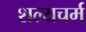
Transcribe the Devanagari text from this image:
शल्यचर्म